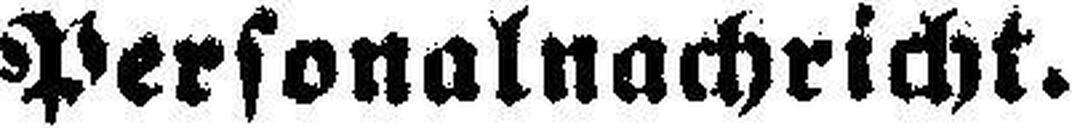
Personalnachricht.